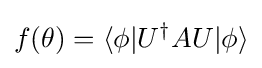
f(\theta )=\langle \phi |U^{\dagger }AU|\phi \rangle